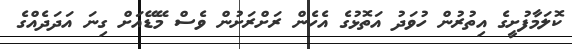
ކޮލަމާފުށީގެ އިތުރުން ހުވަދު އަތޮޅުގެ އެހެން ރަށްރަށުން ވެސް މޭޑޭއަށް ގިނަ އަދަދެއްގެ